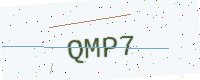
Text: QMP7